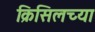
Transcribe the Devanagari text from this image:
क्रिसिलच्या